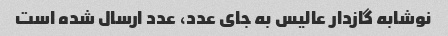
نوشابه گازدار عالیس به جای عدد، عدد ارسال شده است